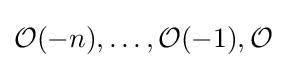
{\mathcal {O}}(-n),\ldots ,{\mathcal {O}}(-1),{\mathcal {O}}